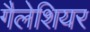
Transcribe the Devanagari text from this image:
गैलेशियर